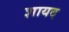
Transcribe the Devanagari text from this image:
शायद